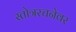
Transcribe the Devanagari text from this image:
स्तोत्ररचनेवर